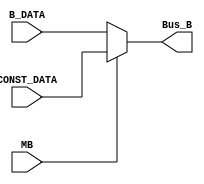
`timescale 1ns / 1ps

module MUX_B(
			input MB,
			input [31:0] CONST_DATA, B_DATA,
			output [31:0] Bus_B
			);

assign Bus_B = (!MB)? B_DATA : CONST_DATA;

endmodule